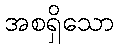
အစရှိသော